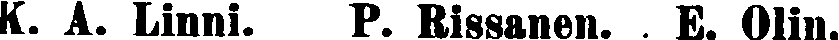
K. A. Linni. P. Rissanen. E. Olin.